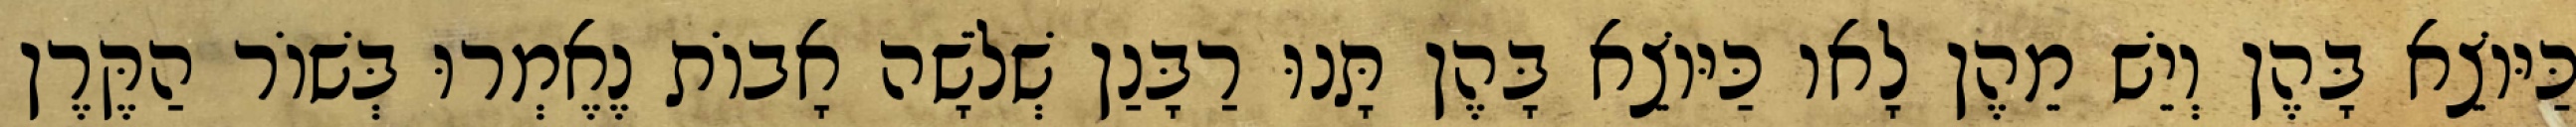
כַּיּוֹצֵא בָּהֶן וְיֵשׁ מֵהֶן לָאו כַּיּוֹצֵא בָּהֶן תָּנוּ רַבָּנַן שְׁלֹשָׁה אָבוֹת נֶאֶמְרוּ בְּשׁוֹר הַקֶּרֶן